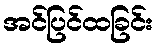
အင်ပြင်ထခြင်း